Dysentery and liver abscess in Bombay - Number 47
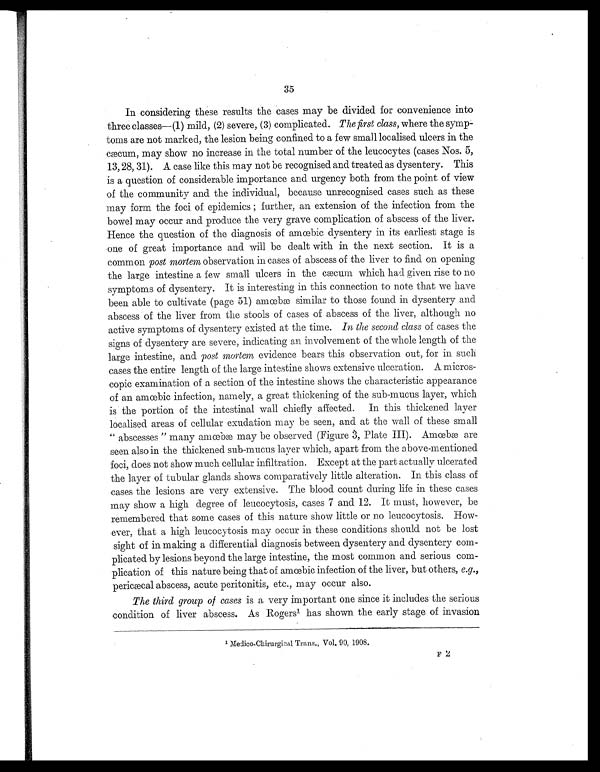
35
In considering these results the cases may be divided for convenience into
three classes—(1) mild, (2) severe, (3) complicated. The first class, where the symp-
toms are not marked, the lesion being confined to a few small localised ulcers in the
cæcum, may show no increase in the total number of the leucocytes (cases Nos. 5,
13, 28, 31). A case like this may not be recognised and treated as dysentery. This
is a question of considerable importance and urgency both from the point of view
of the community and the individual, because unrecognised cases such as these
may form the foci of epidemics ; further, an extension of the infection from the
bowel may occur and produce the very grave complication of abscess of the liver.
Hence the question of the diagnosis of amœbic dysentery in its earliest stage is
one of great importance and will be dealt with in the next section. It is a
common post mortem observation in cases of abscess of the liver to find on opening
the large intestine a few small ulcers in the cæcum which had given rise to no
symptoms of dysentery. It is interesting in this connection to note that we have
been able to cultivate (page 51) amœbæ similar to those found in dysentery and
abscess of the liver from the stools of cases of abscess of the liver, although no
active symptoms of dysentery existed at the time. In the second class of cases the
signs of dysentery are severe, indicating an involvement of the whole length of the
large intestine, and post mortem evidence bears this observation out, for in such
cases the entire length of the large intestine shows extensive ulceration. A micros-
copic examination of a section of the intestine shows the characteristic appearance
of an amœbic infection, namely, a great thickening of the sub-mucus layer, which
is the portion of the intestinal wall chiefly affected. In this thickened layer
localised areas of cellular exudation may be seen, and at the wall of these small
" abscesses " many amœbæ may be observed (Figure 3, Plate III). Amœbæ are
seen also in the thickened sub-mucus layer which, apart from the above-mentioned
foci, does not show much cellular infiltration. Except at the part actually ulcerated
the layer of tubular glands shows comparatively little alteration. In this class of
cases the lesions are very extensive. The blood count during life in these cases
may show a high degree of leucocytosis, cases 7 and 12. It must, however, be
remembered that some cases of this nature show little or no leucocytosis. How-
ever, that a high leucocytosis may occur in these conditions should not be lost
sight of in making a differential diagnosis between dysentery and dysentery com-
plicated by lesions beyond the large intestine, the most common and serious com-
plication of this nature being that of amœbic infection of the liver, but others, e.g.,
pericæcal abscess, acute peritonitis, etc., may occur also.
The third group of cases is a very important one since it includes the serious
condition of liver abscess. As Rogers1 has shown the early stage of invasion
1 Medico-Chirurgical Trans., Vol. 90, 1908.
F 2